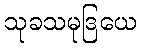
သုခသမုဒြယေ